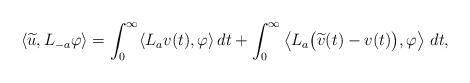
LaTeX: \begin{align*}\langle\widetilde u, L_{-a}\varphi\rangle=\int_0^\infty\langle L_a v(t), \varphi\rangle\,dt+\int_0^\infty\left\langle L_a\big(\widetilde v(t)-v(t)\big), \varphi\right\rangle\,dt,\end{align*}